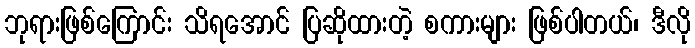
ဘုရားဖြစ်ကြောင်း သိရအောင် ပြဆိုထားတဲ့ စကားများ ဖြစ်ပါတယ်၊ ဒီလို